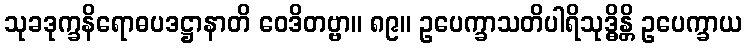
သုခဒုက္ခနိရောဓပဒဋ္ဌာနာတိ ဝေဒိတဗ္ဗာ။ ၈၉။ ဥပေက္ခာသတိပါရိသုဒ္ဓိန္တိ ဥပေက္ခာယ